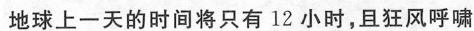
地球上一天的时间只有12小时，且狂风呼啸